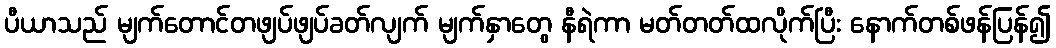
ပီယာသည် မျက်တောင်တဖျပ်ဖျပ်ခတ်လျက် မျက်နှာတွေ နီရဲကာ မတ်တတ်ထလိုက်ပြီး နောက်တစ်ဖန်ပြန်၍